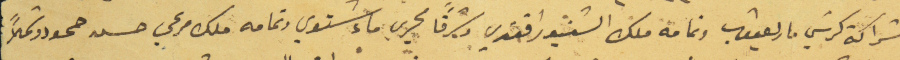
شراكة كرسَي مار يعقوب وتمامه ملك السَنيور افندي وشرقاً مجرى ماء شتويى وتمامه ملك مرعي حسن حمود وشمالاً